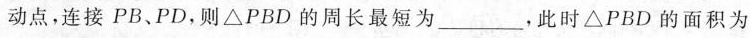
动点，连接PB、PD，则△PBD的周长最短为\underline，此时△PBD的面积为